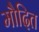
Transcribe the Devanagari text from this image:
मौदित